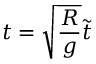
t = \sqrt { \frac { R } { g } } \tilde { t }